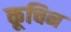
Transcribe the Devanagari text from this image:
कूचिन